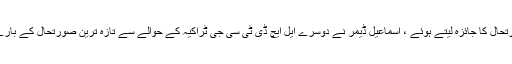
اس شعبے میں عام صورتحال کا جائزہ لیتے ہوئے ، اسماعیل ڈیمر نے دوسرے ایل ایچ ڈی ٹی سی جی ٹراکیہ کے حوالے سے تازہ ترین صورتحال کے بارے میں بھی ایک بیان دیا۔